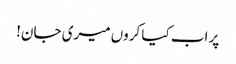
پر اب کیا کروں میری جان!